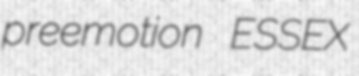
preemotion ESSEX